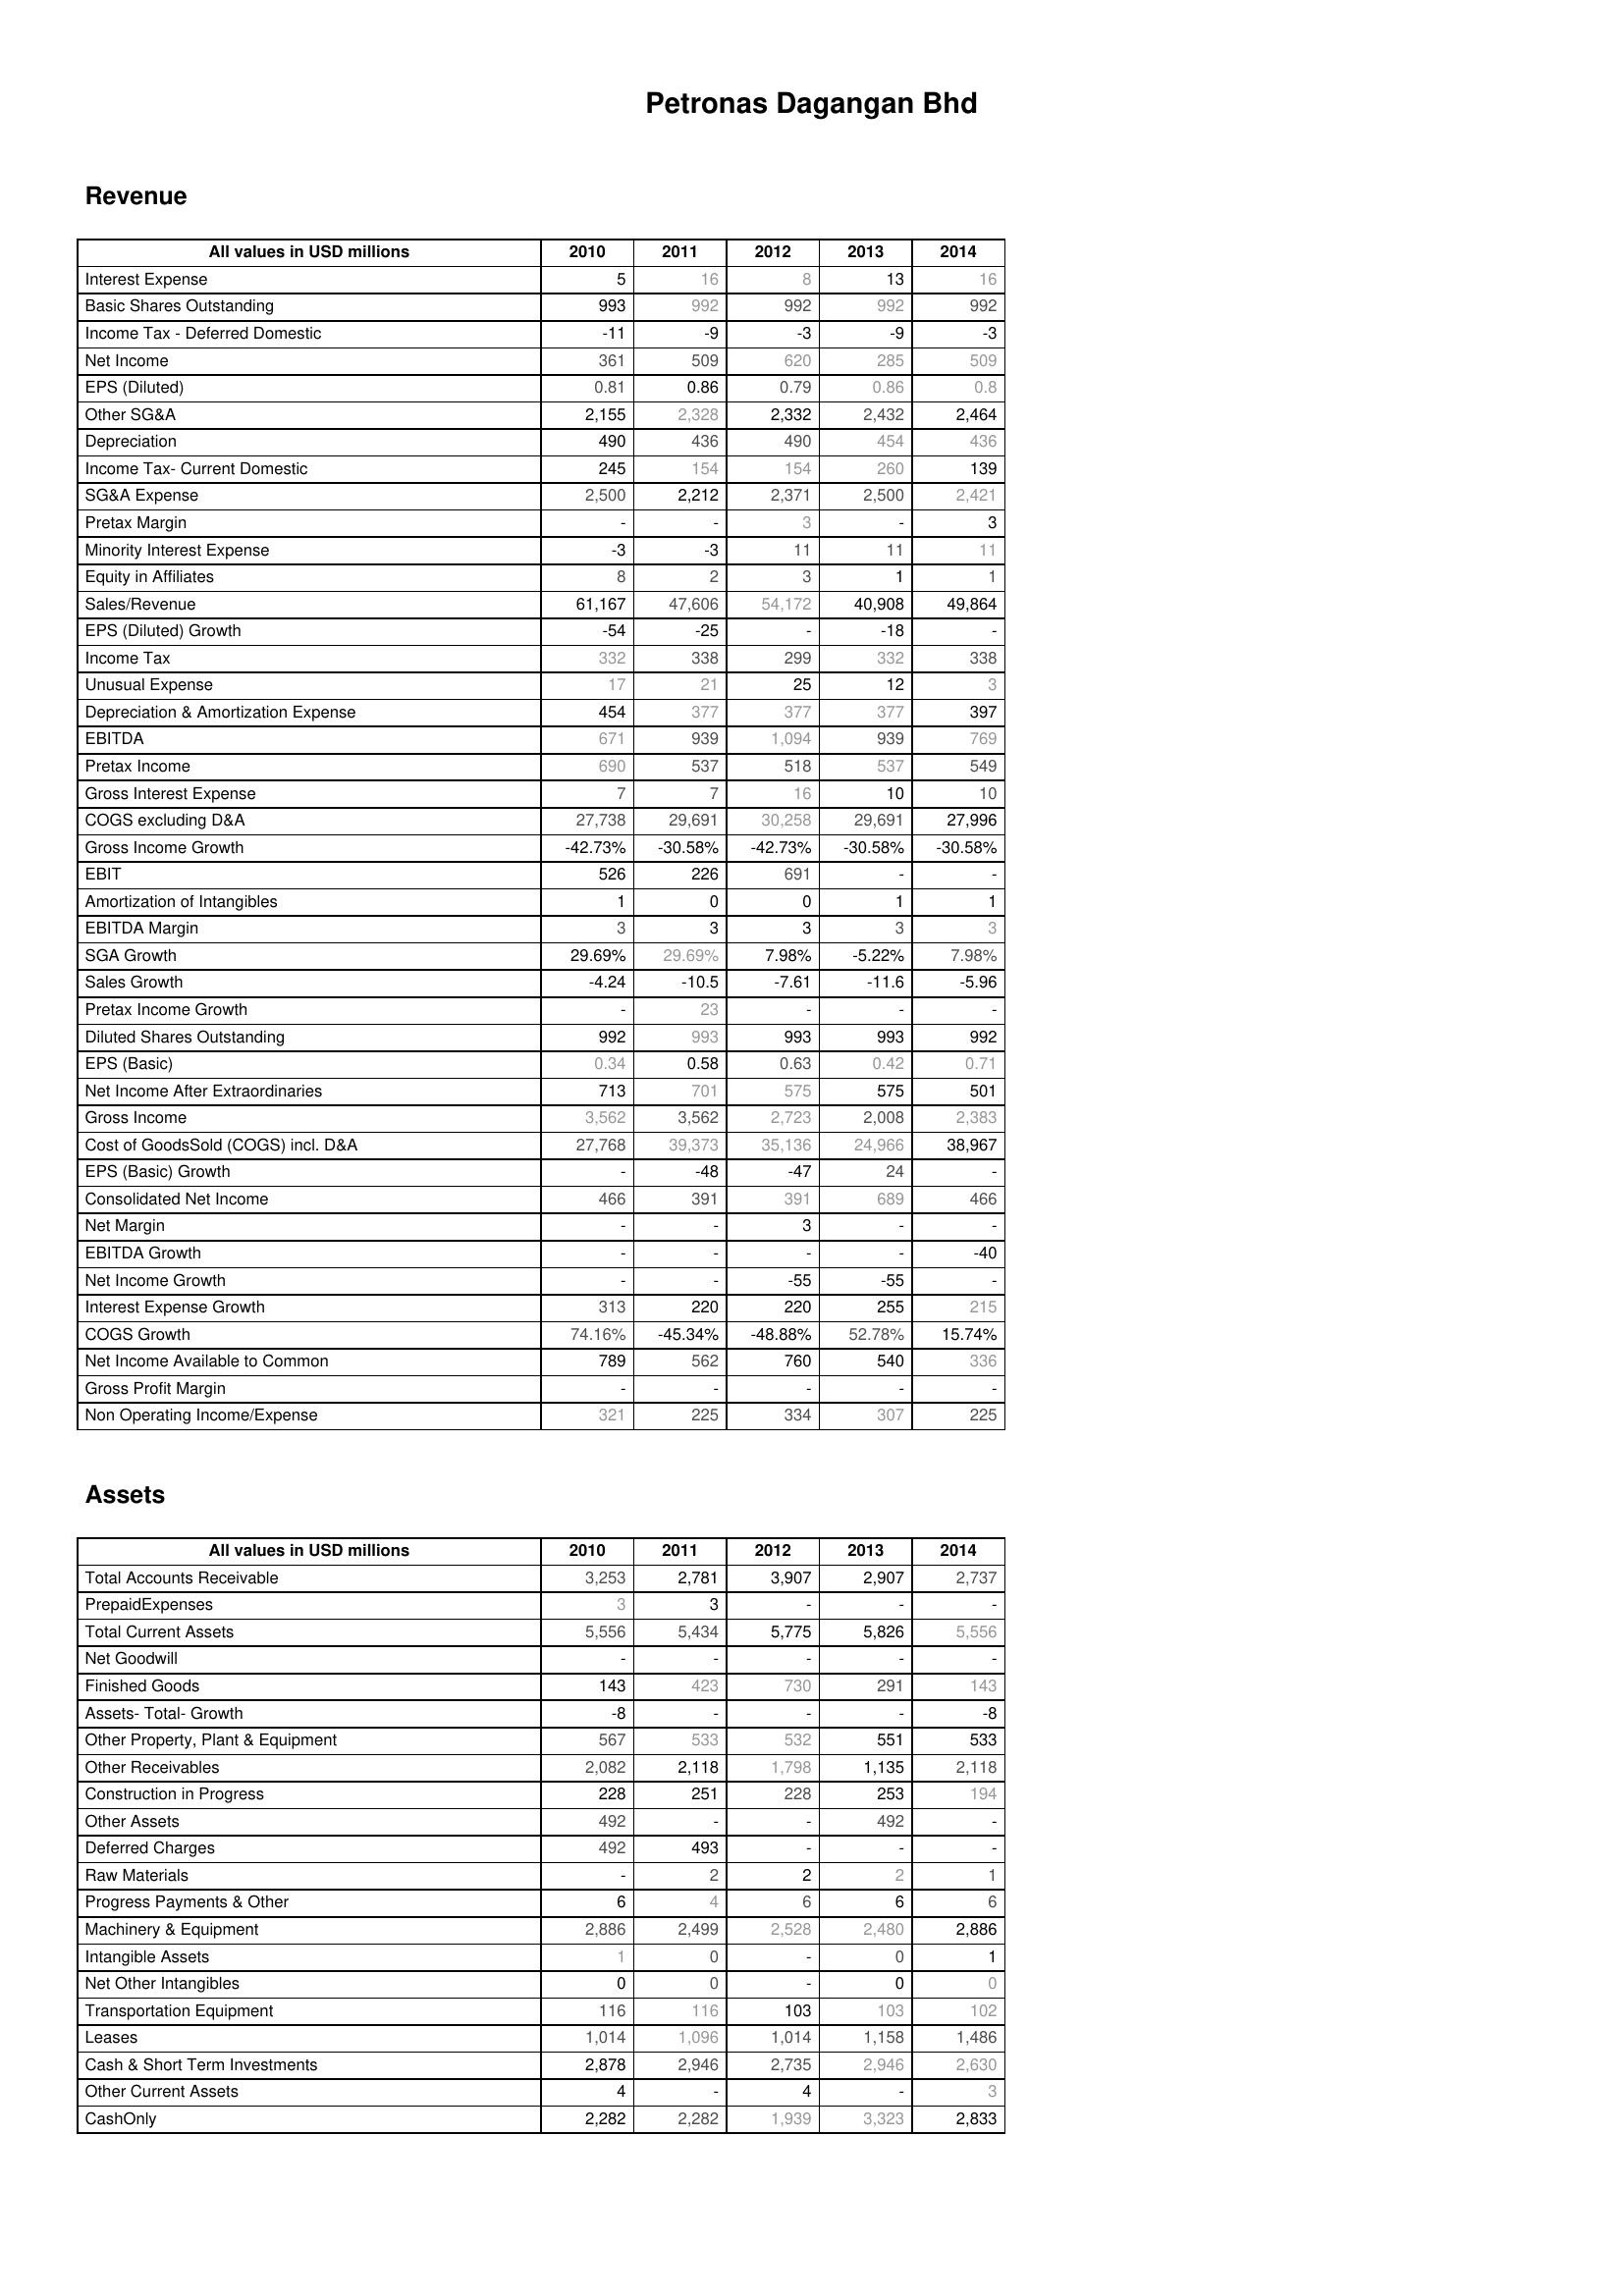
2010: Revenue: Interest Expense: 5
Basic Shares Outstanding: 993
Income Tax - Deferred Domestic: -11
Net Income: 361
EPS (Diluted): 0.81
Other SG&A: 2,155
Depreciation: 490
Income Tax- Current Domestic: 245
SG&A Expense: 2,500
Pretax Margin: -
Minority Interest Expense: -3
Equity in Affiliates: 8
Sales/Revenue: 61,167
EPS (Diluted) Growth: -54
Income Tax: 332
Unusual Expense: 17
Depreciation & Amortization Expense: 454
EBITDA: 671
Pretax Income: 690
Gross Interest Expense: 7
COGS excluding D&A: 27,738
Gross Income Growth: -42.73%
EBIT: 526
Amortization of Intangibles: 1
EBITDA Margin: 3
SGA Growth: 29.69%
Sales Growth: -4.24
Pretax Income Growth: -
Diluted Shares Outstanding: 992
EPS (Basic): 0.34
Net Income After Extraordinaries: 713
Gross Income: 3,562
Cost of GoodsSold (COGS) incl. D&A: 27,768
EPS (Basic) Growth: -
Consolidated Net Income: 466
Net Margin: -
EBITDA Growth: -
Net Income Growth: -
Interest Expense Growth: 313
COGS Growth: 74.16%
Net Income Available to Common: 789
Gross Profit Margin: -
Non Operating Income/Expense: 321
Assets: Total Accounts Receivable: 3,253
PrepaidExpenses: 3
Total Current Assets: 5,556
Net Goodwill: -
Finished Goods: 143
Assets- Total- Growth: -8
Other Property, Plant & Equipment: 567
Other Receivables: 2,082
Construction in Progress: 228
Other Assets: 492
Deferred Charges: 492
Raw Materials: -
Progress Payments & Other: 6
Machinery & Equipment: 2,886
Intangible Assets: 1
Net Other Intangibles: 0
Transportation Equipment: 116
Leases: 1,014
Cash & Short Term Investments: 2,878
Other Current Assets: 4
CashOnly: 2,282
2011: Revenue: Interest Expense: 16
Basic Shares Outstanding: 992
Income Tax - Deferred Domestic: -9
Net Income: 509
EPS (Diluted): 0.86
Other SG&A: 2,328
Depreciation: 436
Income Tax- Current Domestic: 154
SG&A Expense: 2,212
Pretax Margin: -
Minority Interest Expense: -3
Equity in Affiliates: 2
Sales/Revenue: 47,606
EPS (Diluted) Growth: -25
Income Tax: 338
Unusual Expense: 21
Depreciation & Amortization Expense: 377
EBITDA: 939
Pretax Income: 537
Gross Interest Expense: 7
COGS excluding D&A: 29,691
Gross Income Growth: -30.58%
EBIT: 226
Amortization of Intangibles: 0
EBITDA Margin: 3
SGA Growth: 29.69%
Sales Growth: -10.5
Pretax Income Growth: 23
Diluted Shares Outstanding: 993
EPS (Basic): 0.58
Net Income After Extraordinaries: 701
Gross Income: 3,562
Cost of GoodsSold (COGS) incl. D&A: 39,373
EPS (Basic) Growth: -48
Consolidated Net Income: 391
Net Margin: -
EBITDA Growth: -
Net Income Growth: -
Interest Expense Growth: 220
COGS Growth: -45.34%
Net Income Available to Common: 562
Gross Profit Margin: -
Non Operating Income/Expense: 225
Assets: Total Accounts Receivable: 2,781
PrepaidExpenses: 3
Total Current Assets: 5,434
Net Goodwill: -
Finished Goods: 423
Assets- Total- Growth: -
Other Property, Plant & Equipment: 533
Other Receivables: 2,118
Construction in Progress: 251
Other Assets: -
Deferred Charges: 493
Raw Materials: 2
Progress Payments & Other: 4
Machinery & Equipment: 2,499
Intangible Assets: 0
Net Other Intangibles: 0
Transportation Equipment: 116
Leases: 1,096
Cash & Short Term Investments: 2,946
Other Current Assets: -
CashOnly: 2,282
2012: Revenue: Interest Expense: 8
Basic Shares Outstanding: 992
Income Tax - Deferred Domestic: -3
Net Income: 620
EPS (Diluted): 0.79
Other SG&A: 2,332
Depreciation: 490
Income Tax- Current Domestic: 154
SG&A Expense: 2,371
Pretax Margin: 3
Minority Interest Expense: 11
Equity in Affiliates: 3
Sales/Revenue: 54,172
EPS (Diluted) Growth: -
Income Tax: 299
Unusual Expense: 25
Depreciation & Amortization Expense: 377
EBITDA: 1,094
Pretax Income: 518
Gross Interest Expense: 16
COGS excluding D&A: 30,258
Gross Income Growth: -42.73%
EBIT: 691
Amortization of Intangibles: 0
EBITDA Margin: 3
SGA Growth: 7.98%
Sales Growth: -7.61
Pretax Income Growth: -
Diluted Shares Outstanding: 993
EPS (Basic): 0.63
Net Income After Extraordinaries: 575
Gross Income: 2,723
Cost of GoodsSold (COGS) incl. D&A: 35,136
EPS (Basic) Growth: -47
Consolidated Net Income: 391
Net Margin: 3
EBITDA Growth: -
Net Income Growth: -55
Interest Expense Growth: 220
COGS Growth: -48.88%
Net Income Available to Common: 760
Gross Profit Margin: -
Non Operating Income/Expense: 334
Assets: Total Accounts Receivable: 3,907
PrepaidExpenses: -
Total Current Assets: 5,775
Net Goodwill: -
Finished Goods: 730
Assets- Total- Growth: -
Other Property, Plant & Equipment: 532
Other Receivables: 1,798
Construction in Progress: 228
Other Assets: -
Deferred Charges: -
Raw Materials: 2
Progress Payments & Other: 6
Machinery & Equipment: 2,528
Intangible Assets: -
Net Other Intangibles: -
Transportation Equipment: 103
Leases: 1,014
Cash & Short Term Investments: 2,735
Other Current Assets: 4
CashOnly: 1,939
2013: Revenue: Interest Expense: 13
Basic Shares Outstanding: 992
Income Tax - Deferred Domestic: -9
Net Income: 285
EPS (Diluted): 0.86
Other SG&A: 2,432
Depreciation: 454
Income Tax- Current Domestic: 260
SG&A Expense: 2,500
Pretax Margin: -
Minority Interest Expense: 11
Equity in Affiliates: 1
Sales/Revenue: 40,908
EPS (Diluted) Growth: -18
Income Tax: 332
Unusual Expense: 12
Depreciation & Amortization Expense: 377
EBITDA: 939
Pretax Income: 537
Gross Interest Expense: 10
COGS excluding D&A: 29,691
Gross Income Growth: -30.58%
EBIT: -
Amortization of Intangibles: 1
EBITDA Margin: 3
SGA Growth: -5.22%
Sales Growth: -11.6
Pretax Income Growth: -
Diluted Shares Outstanding: 993
EPS (Basic): 0.42
Net Income After Extraordinaries: 575
Gross Income: 2,008
Cost of GoodsSold (COGS) incl. D&A: 24,966
EPS (Basic) Growth: 24
Consolidated Net Income: 689
Net Margin: -
EBITDA Growth: -
Net Income Growth: -55
Interest Expense Growth: 255
COGS Growth: 52.78%
Net Income Available to Common: 540
Gross Profit Margin: -
Non Operating Income/Expense: 307
Assets: Total Accounts Receivable: 2,907
PrepaidExpenses: -
Total Current Assets: 5,826
Net Goodwill: -
Finished Goods: 291
Assets- Total- Growth: -
Other Property, Plant & Equipment: 551
Other Receivables: 1,135
Construction in Progress: 253
Other Assets: 492
Deferred Charges: -
Raw Materials: 2
Progress Payments & Other: 6
Machinery & Equipment: 2,480
Intangible Assets: 0
Net Other Intangibles: 0
Transportation Equipment: 103
Leases: 1,158
Cash & Short Term Investments: 2,946
Other Current Assets: -
CashOnly: 3,323
2014: Revenue: Interest Expense: 16
Basic Shares Outstanding: 992
Income Tax - Deferred Domestic: -3
Net Income: 509
EPS (Diluted): 0.8
Other SG&A: 2,464
Depreciation: 436
Income Tax- Current Domestic: 139
SG&A Expense: 2,421
Pretax Margin: 3
Minority Interest Expense: 11
Equity in Affiliates: 1
Sales/Revenue: 49,864
EPS (Diluted) Growth: -
Income Tax: 338
Unusual Expense: 3
Depreciation & Amortization Expense: 397
EBITDA: 769
Pretax Income: 549
Gross Interest Expense: 10
COGS excluding D&A: 27,996
Gross Income Growth: -30.58%
EBIT: -
Amortization of Intangibles: 1
EBITDA Margin: 3
SGA Growth: 7.98%
Sales Growth: -5.96
Pretax Income Growth: -
Diluted Shares Outstanding: 992
EPS (Basic): 0.71
Net Income After Extraordinaries: 501
Gross Income: 2,383
Cost of GoodsSold (COGS) incl. D&A: 38,967
EPS (Basic) Growth: -
Consolidated Net Income: 466
Net Margin: -
EBITDA Growth: -40
Net Income Growth: -
Interest Expense Growth: 215
COGS Growth: 15.74%
Net Income Available to Common: 336
Gross Profit Margin: -
Non Operating Income/Expense: 225
Assets: Total Accounts Receivable: 2,737
PrepaidExpenses: -
Total Current Assets: 5,556
Net Goodwill: -
Finished Goods: 143
Assets- Total- Growth: -8
Other Property, Plant & Equipment: 533
Other Receivables: 2,118
Construction in Progress: 194
Other Assets: -
Deferred Charges: -
Raw Materials: 1
Progress Payments & Other: 6
Machinery & Equipment: 2,886
Intangible Assets: 1
Net Other Intangibles: 0
Transportation Equipment: 102
Leases: 1,486
Cash & Short Term Investments: 2,630
Other Current Assets: 3
CashOnly: 2,833